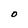
Character: O